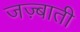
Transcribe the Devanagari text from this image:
जज़्बाती